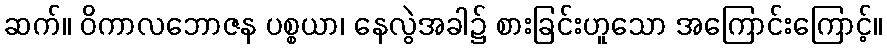
ဆက်။ ဝိကာလဘောဇန ပစ္စယာ၊ နေလွဲအခါ၌ စားခြင်းဟူသော အကြောင်းကြောင့်။